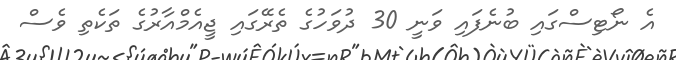
އެ ނޯޓިސްގައި ބުނެފައި ވަނީ 30 ދުވަހުގެ ތެރޭގައި ޖީއެމްއާރުގެ ތަކެތި ވެސް